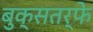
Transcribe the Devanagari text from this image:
बुक्सतर्फे